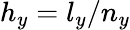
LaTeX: h_{y}=l_{y}/n_{y}